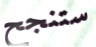
ستنجح